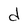
Character: d